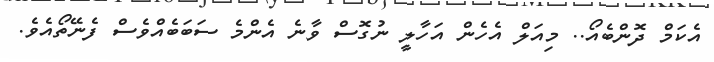
އެކަމް ދޮންބެއޯ.. މިއަލް އެހެން އަހާލީ ނުގޮސް ވާނެ އެންމެ ސަބަބެއްވެސް ފެނޭތޯއެވެ.